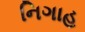
નિગાહ